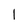
Character: l